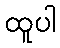
ထူပါ